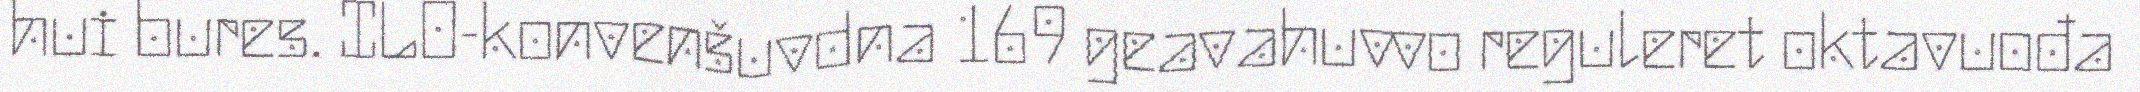
hui bures. ILO-konvenšuvdna 169 geavahuvvo reguleret oktavuođa